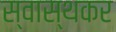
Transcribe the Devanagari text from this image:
स्वास्थकर